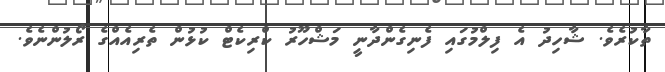
ތާކުރެވެ. ޝާހިދު އެ ފިލްމުގައި ފެނިގެންދާނީ މަޝްހޫރު ކްރިކެޓް ކުޅުން ތެރިއެއްގެ ރޯލުންނެވެ.